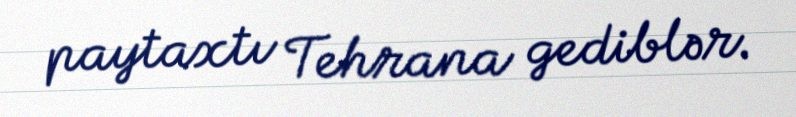
paytaxtı Tehrana gediblər.